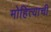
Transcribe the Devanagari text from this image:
मोहित्याची